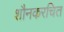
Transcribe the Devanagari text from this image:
शौनकरचित